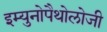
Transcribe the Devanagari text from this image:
इम्युनोपैथोलोजी